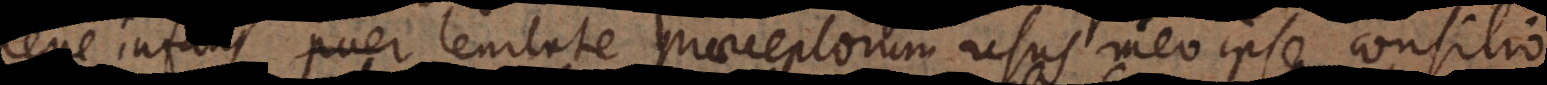
ene infans lenitate praeceptorum usus meo ipso consilio